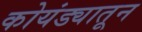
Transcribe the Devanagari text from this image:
कोयंड्यातून